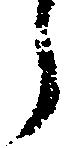
う